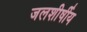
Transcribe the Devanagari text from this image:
जलशीर्षीय